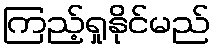
ကြည့်ရှုနိုင်မည်